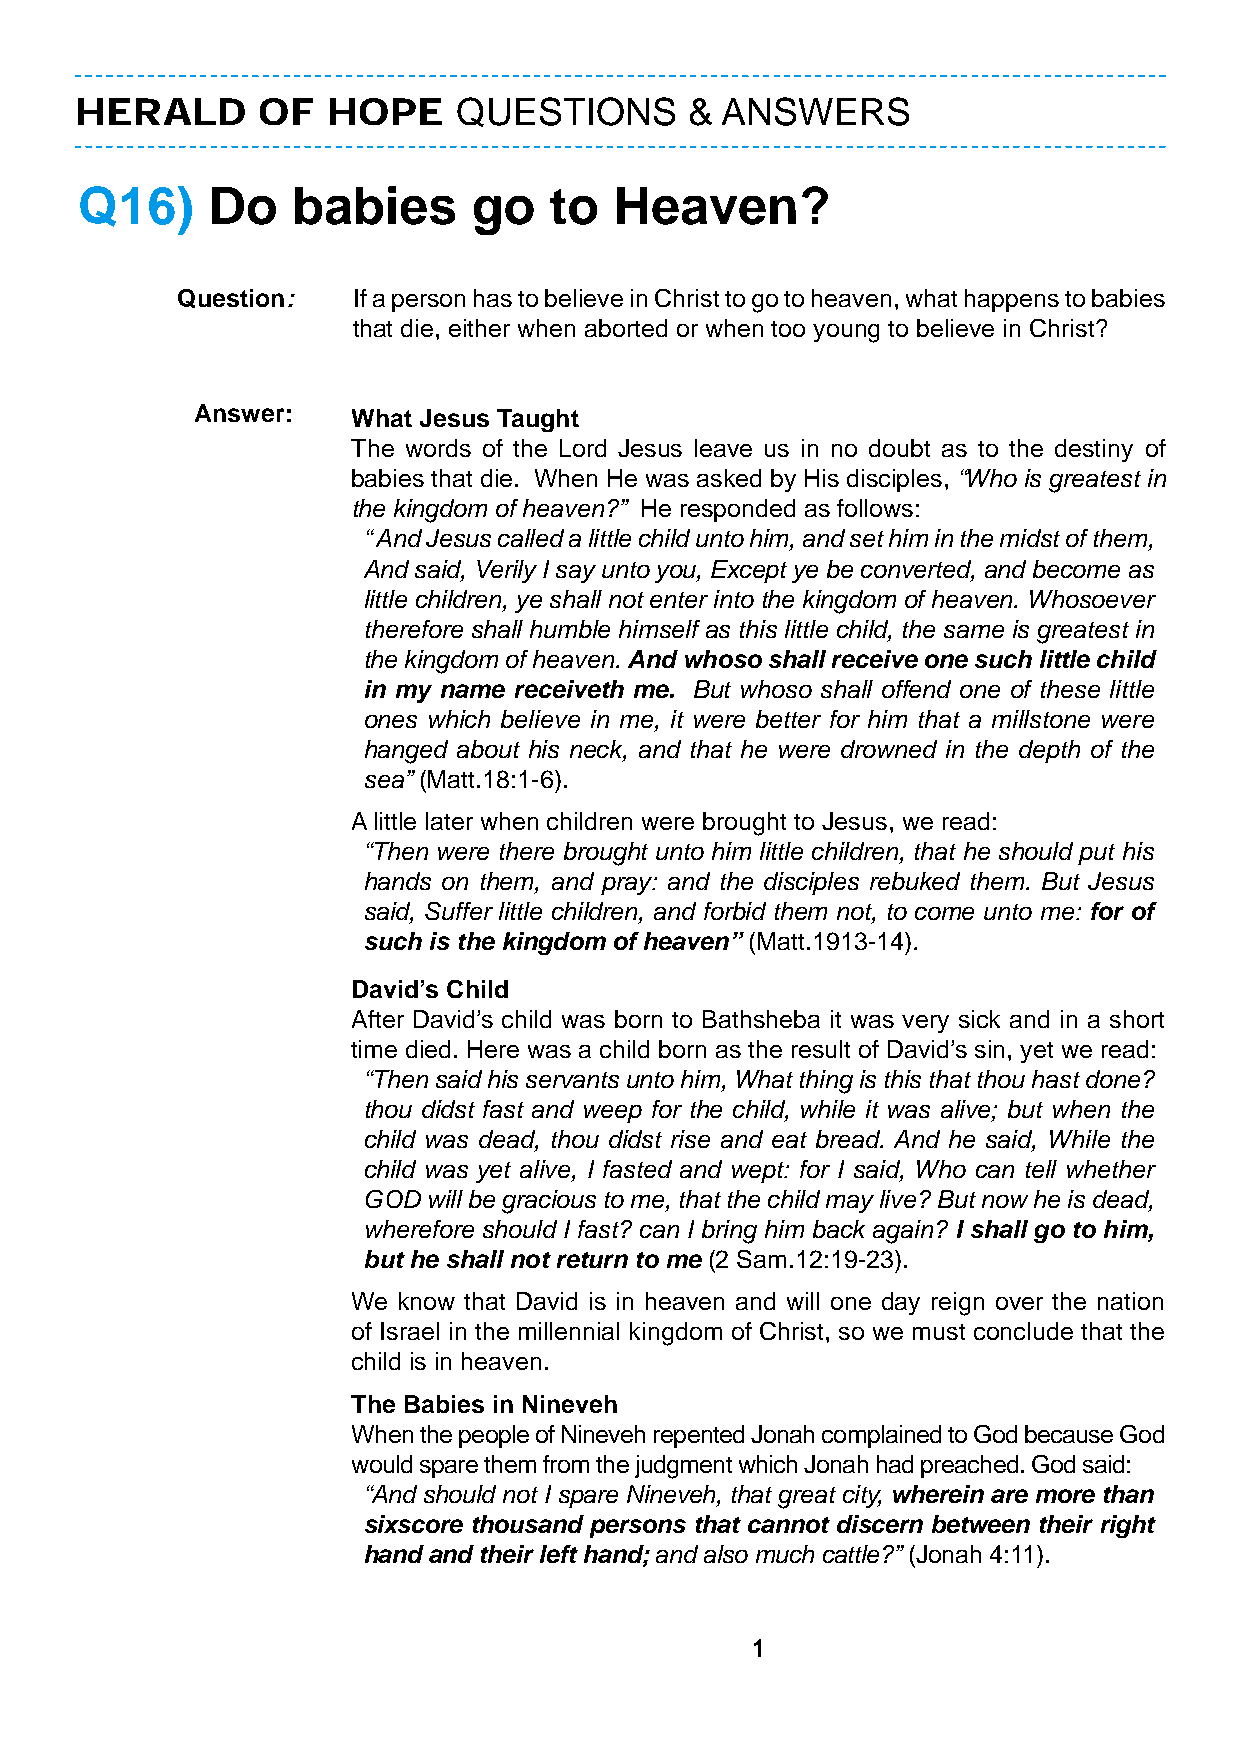
HERALD      OF   HOPE    QUESTIONS       & ANSWERS
 Q16)     Do   babies      go   to   Heaven?
 Question:  If a person has to believe in Christ to go to heaven, what happens to babies
 that die, either when aborted or when too young to believe in Christ?
 Answer:   What Jesus Taught
 The words of the Lord Jesus leave us in no doubt as to the destiny of
 babies that die. When He was asked by His disciples, “Who is greatest in
 the kingdom of heaven?” He responded as follows:
 “ And Jesus called a little child unto him, and set him in the midst of them,
 And said, Verily I say unto you, Except ye be converted, and become as
 little children, ye shall not enter into the kingdom of heaven. Whosoever
 therefore shall humble himself as this little child, the same is greatest in
 the kingdom of heaven. And whoso shall receive one such little child
 in my name receiveth me. But whoso shall offend one of these little
 ones which believe in me, it were better for him that a millstone were
 hanged about his neck, and that he were drowned in the depth of the
 sea” (Matt.18:1-6).
 A little later when children were brought to Jesus, we read:
 “Then were there brought unto him little children, that he should put his
 hands on them, and pray: and the disciples rebuked them. But Jesus
 said, Suffer little children, and forbid them not, to come unto me: for of
 such is the kingdom of heaven” (Matt.1913-14).
 David’s Child
 After David’s child was born to Bathsheba it was very sick and in a short
 time died. Here was a child born as the result of David’s sin, yet we read:
 “Then said his servants unto him, What thing is this that thou hast done?
 thou didst fast and weep for the child, while it was alive; but when the
 child was dead, thou didst rise and eat bread. And he said, While the
 child was yet alive, I fasted and wept: for I said, Who can tell whether
 GOD will be gracious to me, that the child may live? But now he is dead,
 wherefore should I fast? can I bring him back again? I shall go to him,
 but he shall not return to me (2 Sam.12:19-23).
 We know that David is in heaven and will one day reign over the nation
 of Israel in the millennial kingdom of Christ, so we must conclude that the
 child is in heaven.
 The Babies in Nineveh
 When the people of Nineveh repented Jonah complained to God because God
 would spare them from the judgment which Jonah had preached. God said:
 “And should not I spare Nineveh, that great city, wherein are more than
 sixscore thousand persons that cannot discern between their right
 hand and their left hand; and also much cattle?” (Jonah 4:11).
 1